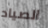
الصياد